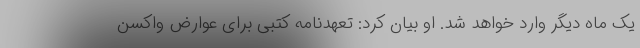
یک ماه دیگر وارد خواهد شد. او بیان کرد: تعهدنامه کتبی برای عوارض واکسن